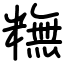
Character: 𥼣